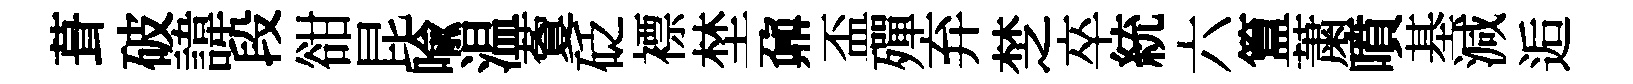
葺破諱段𧮳昆喩温藑砭褾埜鼐盃殫弃椘卒統六簋䔥噴基減逅